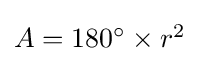
{\textstyle A=180^{\circ }\times {r^{2}}}